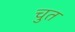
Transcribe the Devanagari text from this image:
चुत